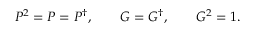
P ^ { 2 } = P = P ^ { \dagger } , \qquad G = G ^ { \dagger } , \qquad G ^ { 2 } = 1 .